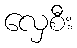
လှေစီး